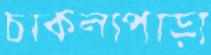
চাকলাপাড়া